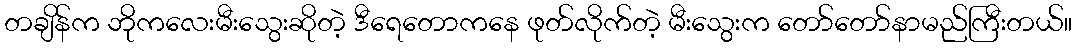
တချိန်က ဘိုကလေးမီးသွေးဆိုတဲ့ ဒီရေတောကနေ ဖုတ်လိုက်တဲ့ မီးသွေးက တော်တော်နာမည်ကြီးတယ်။